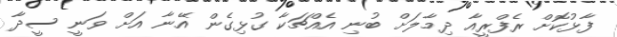
ފާޅުކޮށް ރެފްރީއާ ދިމާލަށް ބުނި އެއްޗަކާ ގުޅިގެން އޭނާ އަށް ވަނީ ސީދާ